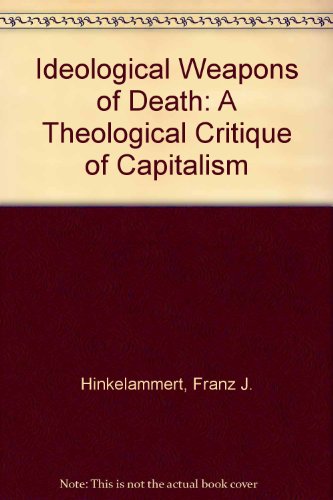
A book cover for The Ideological Weapons of Death: A Theological Critique of Capitalism; Franz Hinkelammert; Christian Books & Bibles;